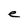
Character: e